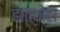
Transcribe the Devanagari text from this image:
हातधोटा